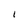
Character: 1